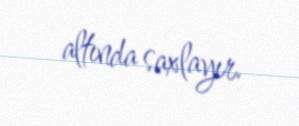
altında saxlayır.